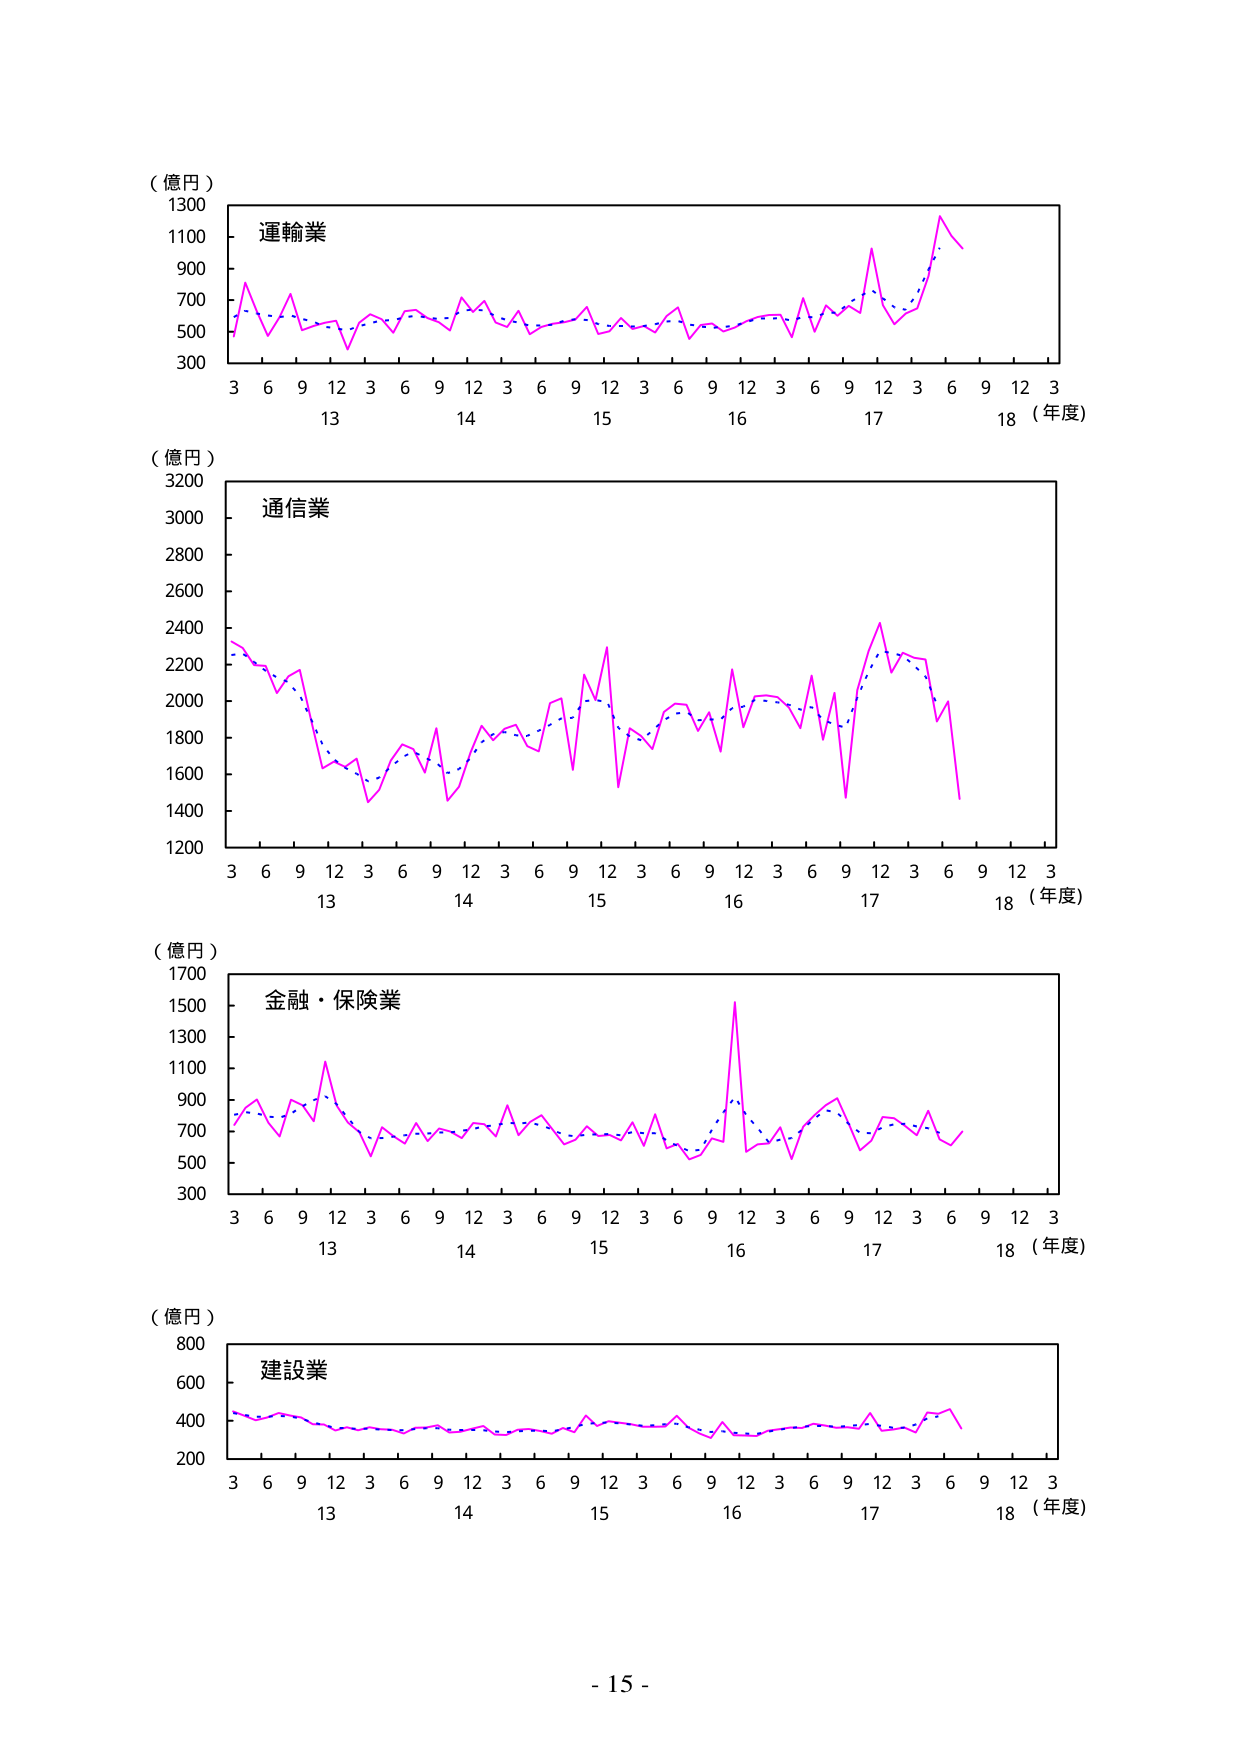
（億円）
1300
1100
900
700
500
300
運輸業
3 6 9 12 3 6 9 12 3 6 9 12 3 6 9 12 3 6 9 12 3
13 14 15 16 17 18（年度）

（億円）
3200
3000
2800
2600
2400
2200
2000
1800
1600
1400
1200
通信業
3 6 9 12 3 6 9 12 3 6 9 12 3 6 9 12 3 6 9 12 3
13 14 15 16 17 18（年度）

（億円）
1700
1500
1300
1100
900
700
500
300
金融・保険業
3 6 9 12 3 6 9 12 3 6 9 12 3 6 9 12 3 6 9 12 3
13 14 15 16 17 18（年度）

（億円）
800
600
400
200
建設業
3 6 9 12 3 6 9 12 3 6 9 12 3 6 9 12 3 6 9 12 3
13 14 15 16 17 18（年度）

- 15 -